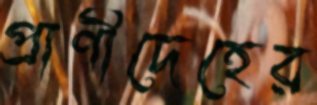
প্রাণীদেহের